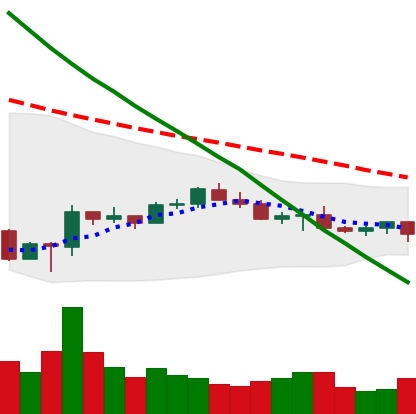
Ticker: LTC-USD
Chart end date: 2022-07-05
Forward return: 4.691%
Label: up_3_5